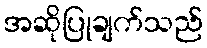
အဆိုပြုချက်သည်